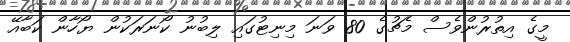
މީގެ އިތުރުންވެސް މެޗުގެ 80 ވަނަ މިނިޓުގައި ލިބުނު ކޯނަރަކުން ޔޯހާން ކަބާއޭ